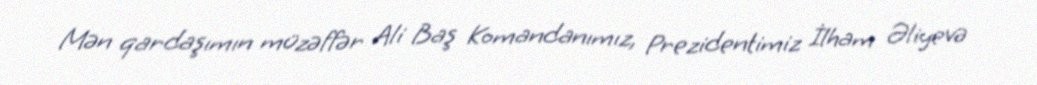
Mən qardaşımın müzəffər Ali Baş Komandanımız, Prezidentimiz İlham Əliyevə